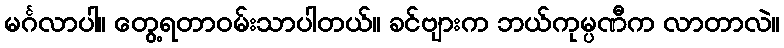
မင်္ဂလာပါ။ တွေ့ရတာဝမ်းသာပါတယ်။ ခင်ဗျားက ဘယ်ကုမ္ပဏီက လာတာလဲ။